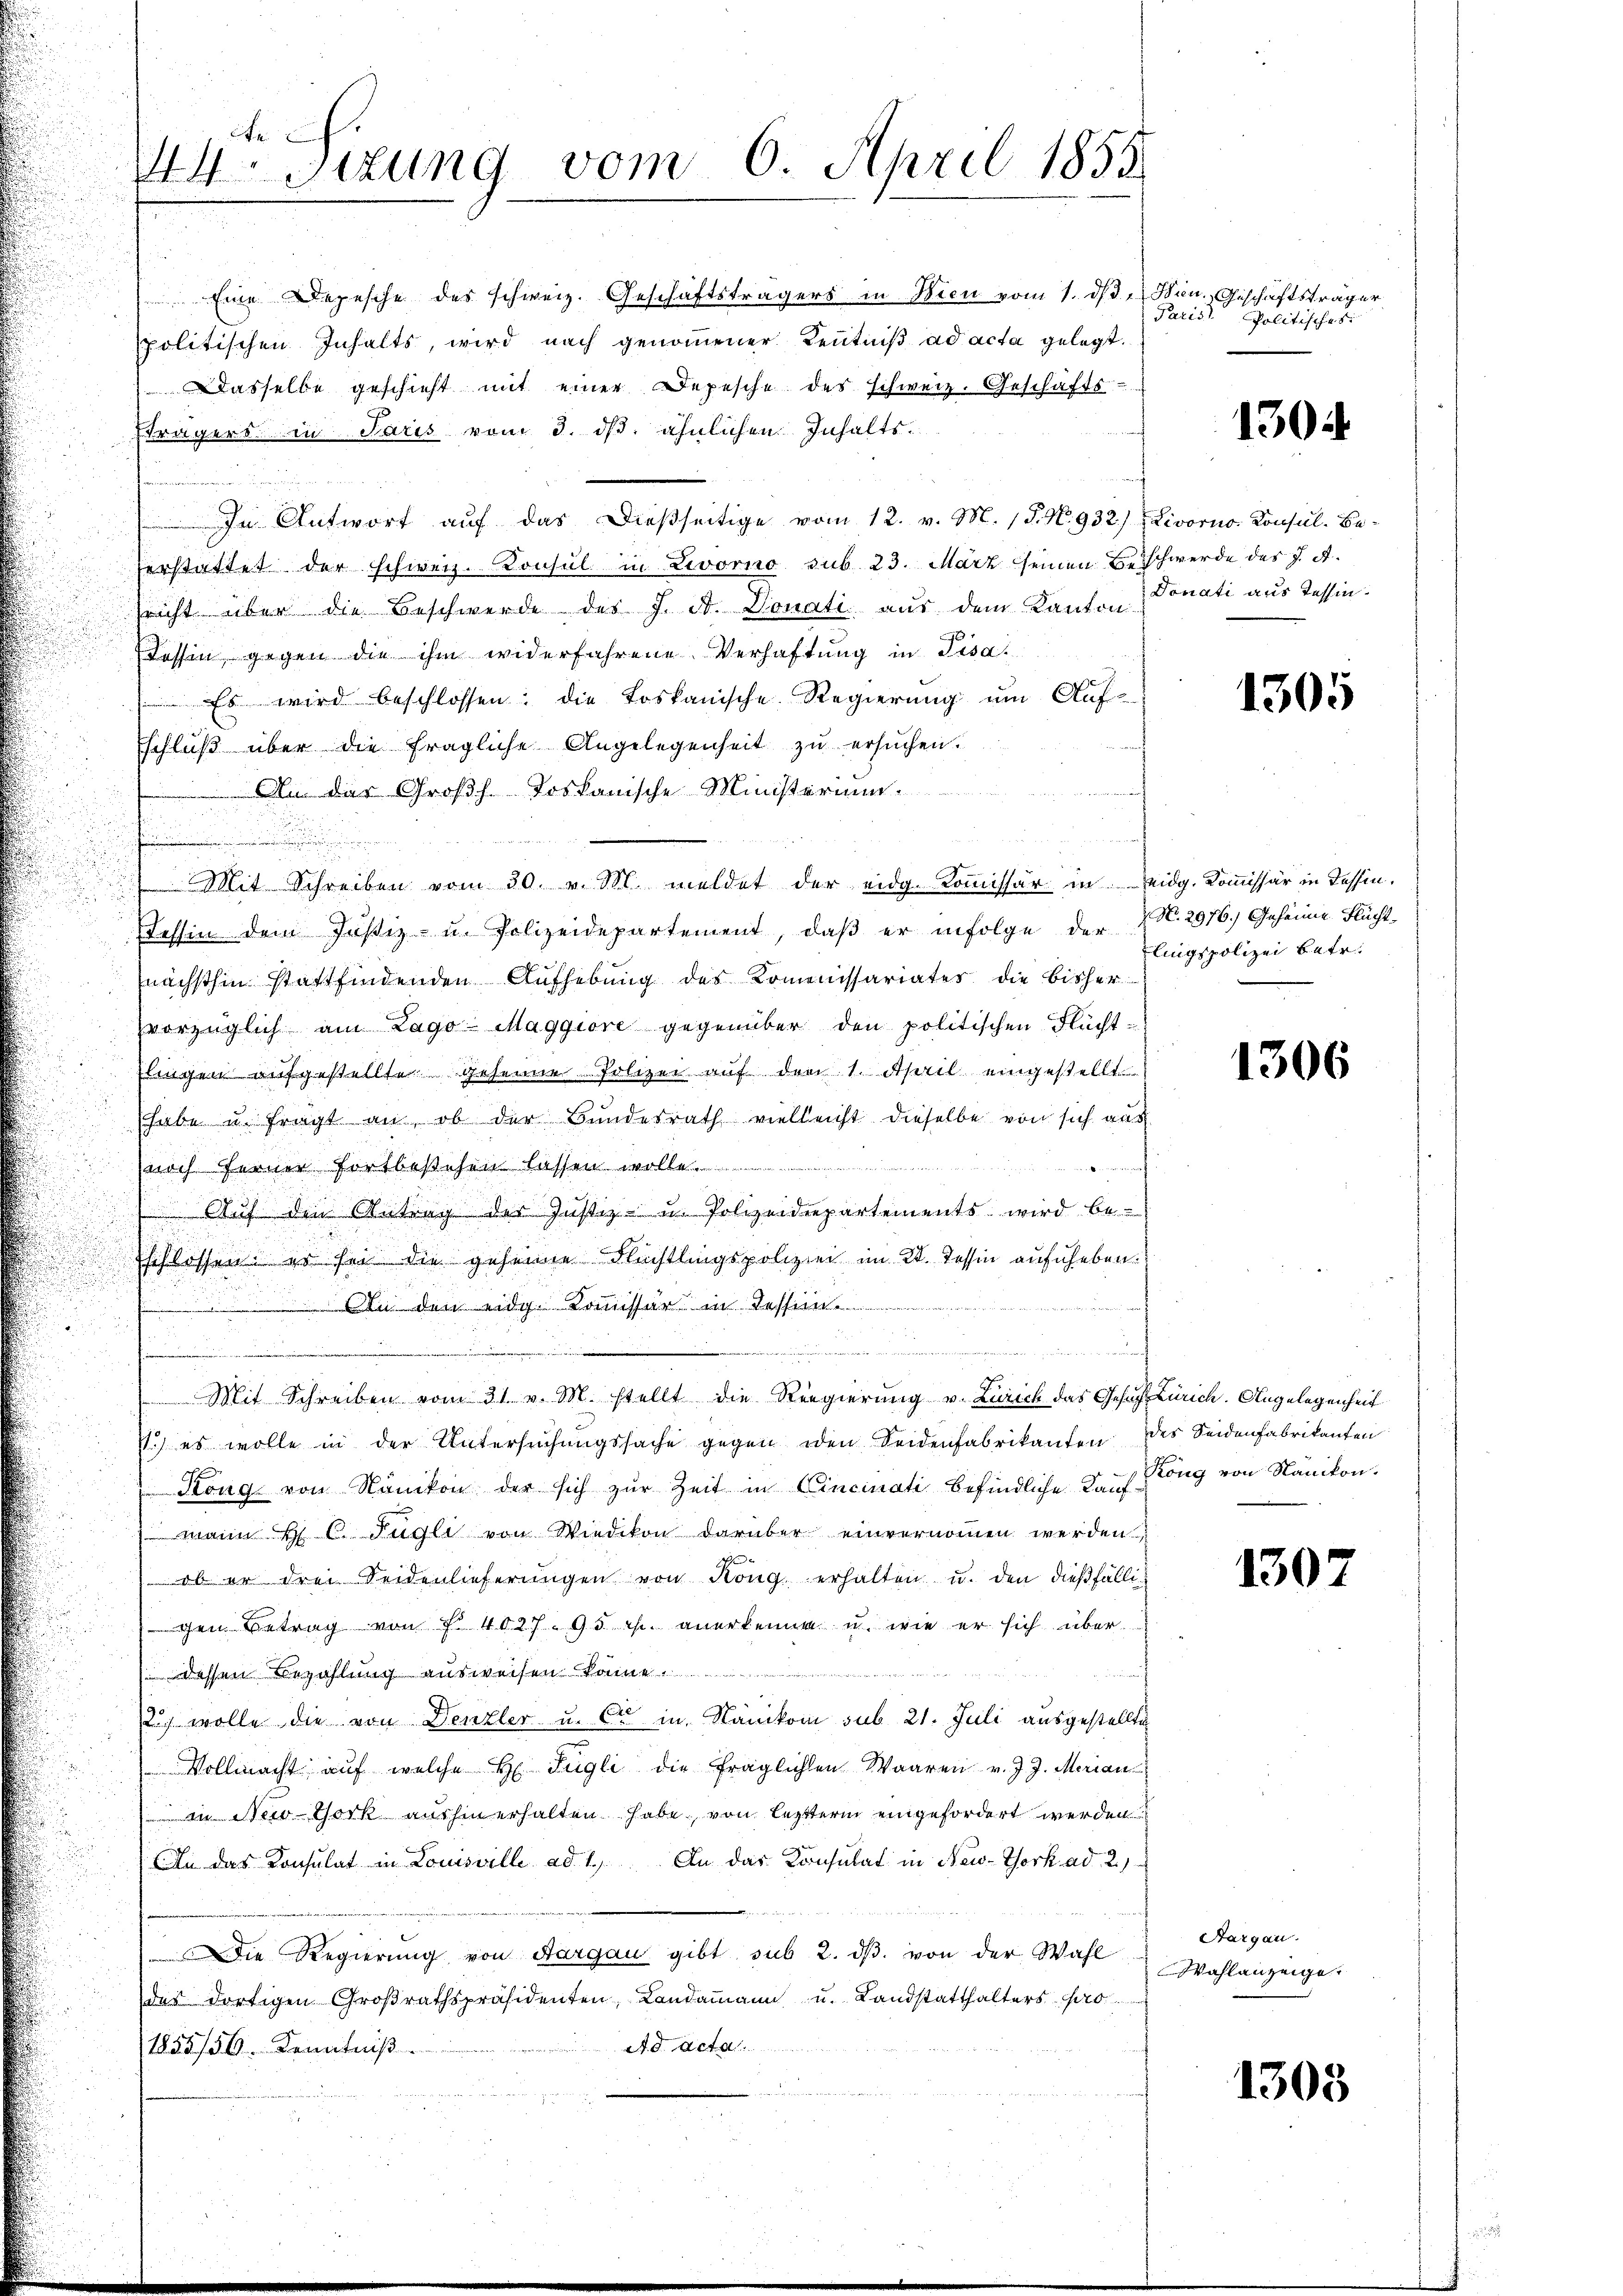
Ar
sizung vom 6. April 1855

Eine Depesche des schweiz. Geschäftsträgers in Wien vom 1. ds. Jan. Geschäftsträger
spolitischen Inhalts, wird nach genommener Kenntniß ad acta gelegt.
dasselbe geschieht mit einer Depesche des schweiz. Geschäfts-
Eträgers in Paris vom 3. ds. ähnlichen Inhalts¬
In Antwort auf das dießseitige vom 12. v. M. (§. N. 932) Livorno Konsul-Be-
erstattet der schweiz. Konsul in Livorno sub. 23. März seinen Beschwerde des J. A.
sricht über die Beschwerde des J. A. Donati aus dem Kanton Donati aus Tessin.
Tessin gegen die ihm widerfahrene Verhaftung in Pisai
 Es wird beschlossen: die Loskanische Regierung um Aufsschluβ über die fragliche Angelegenheit zŭ ersŭchen.
An der Großh. Toskanische Ministerium
i
Mit Schreiben vom 30. v. M. meldet der eidg. Kommissär in Leidg. Kommissär in Kassen.
Tessin dem Justiz- u. Polizeidepartement, daβ er infolge der N. N. 2976.) Geheime Flüchtnächsthin stattfindenden Aufhebung des Kommissariates die Bisher
vorzüglich am Lago-Maggiore gegenüber den politischen Flüchtlingen aufgestellte geheime Polizei auf den 1. April eingestellt
habe u. fragt an, ob der Bŭndesrath vielleicht dieselbe von sich aus
noch ferner Fortbestehen lassen wolle
Aŭf den Antrag der Justiz- u. Polizeidepartements wird be
Eschlossen: er sei die geheime Flüchtlingspolizei im Kt. Tessin aufheben.
An den eidg. Kommissär in dessen
.
Mit Schreiben vom 31. v. M. stellt die Regierung v. Zürich das Gesuch Zürich. Angelegenheit
) es wolle in der Untersŭchŭngssache gegen iden Seidenfabrikanten des Seidenfabrikanten
Köng von Nänikon der sich zŭr Zeit in Cincinati befindliche Kauf Köng von Nänikon.
 Mann H. C. Fügli von Wiedikon darüber einvernommen werden.
ob er drei Ferdenlieferungen von Kong. erhalten u. den dießfällichen Betrag von § 4027. 95 r. anerkenne u. wie er sich über¬
 dessen Bezahlung ausweisen konnt
12) wolle die von Denzler u. Cie in Nänikon sub. 21. Juli ausgestellte
Vollmacht aŭf welche H. Fügli die fraglichen Waaren v. J. J. Merian
in New-York aushinerhalten habe, von lezterm eingefordert werden.
An das Konsulat in Louisville ad 1. An das Consulat in New-York ad 2.)
Die Regierung von Aargau gibt sub 2. ds. von der Wahl
des dortigen Großrathspräsidenten, Landammann u. Landstatthalters pro
Ad Acta
1855/56. Kenntniß

Paris Politisches

1304.

1305

lingspolizei betr.

1306

130

Aargau.
Wahlanzeige.

1303